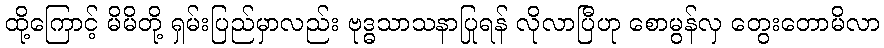
ထို့ကြောင့် မိမိတို့ ရှမ်းပြည်မှာလည်း ဗုဒ္ဓသာသနာပြုရန် လိုလာပြီဟု စောမွန်လှ တွေးတောမိလာ